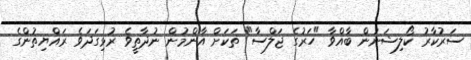
ސަރުކާރު ކޯލިޝަނުން ބާއްވާ "ހަރުގެ ޖަލްސާ" ތަކަށް އާންމުން ނުދާތީވެ ރުޅިގަދަވެ ރައްޔިތުންގެ